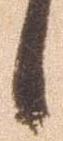
候